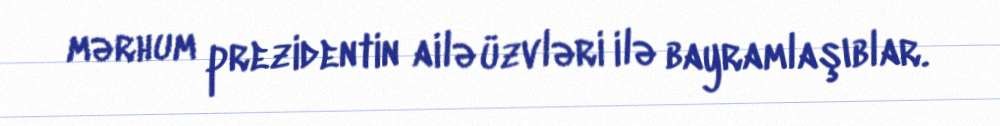
mərhum prezidentin ailə üzvləri ilə bayramlaşıblar.